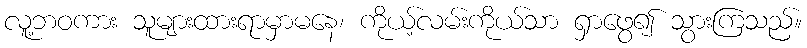
လူ့ဘဝကား သူများထားရာမှာမနေ၊ ကိုယ့်လမ်းကိုယ်သာ ရှာဖွေ၍ သွားကြသည်။